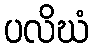
ပလိဃံ